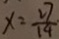
x = \frac { 2 7 } { 1 4 }